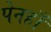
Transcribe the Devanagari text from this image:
पेनहाँ